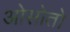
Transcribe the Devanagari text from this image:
ओसोतो